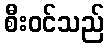
စီးဝင်သည်